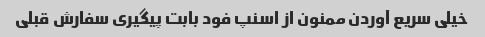
خیلی سریع آوردن ممنون از اسنپ فود بابت پیگیری سفارش قبلی